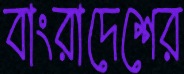
বাংরাদেশের